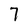
Character: 7